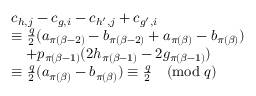
\begin{array} { r l } & { c _ { h , j } - c _ { g , i } - c _ { h ^ { \prime } , j } + c _ { g ^ { \prime } , i } } \\ & { \equiv \frac { q } { 2 } ( a _ { \pi ( \beta - 2 ) } - b _ { \pi ( \beta - 2 ) } + a _ { \pi ( \beta ) } - b _ { \pi ( \beta ) } ) } \\ & { \quad + p _ { \pi ( \beta - 1 ) } ( 2 h _ { \pi ( \beta - 1 ) } - 2 g _ { \pi ( \beta - 1 ) } ) } \\ & { \equiv \frac { q } { 2 } ( a _ { \pi ( \beta ) } - b _ { \pi ( \beta ) } ) \equiv \frac { q } { 2 } \pmod q } \end{array}